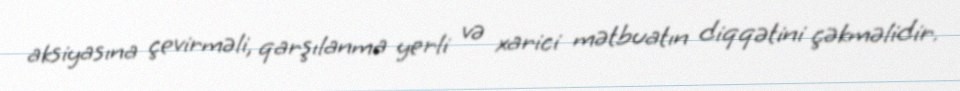
aksiyasına çevirməli, qarşılanma yerli və xarici mətbuatın diqqətini çəkməlidir.